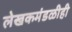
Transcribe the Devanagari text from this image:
लेखकमंडळीही